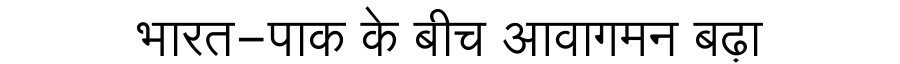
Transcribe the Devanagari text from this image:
भारत-पाक के बीच आवागमन बढ़ा